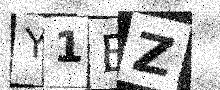
Text: Y1EZ